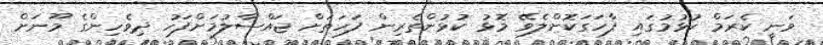
ވަނީ ކެރަމް ކުޅުމުގައި ފާހަގަކޮށްލެވޭ މޮޅު ކުޅުންތެރިން ފަހަތަށް ޖައްސާލުމަށްފަހު ދިވެހިންގެ މޫނަށް